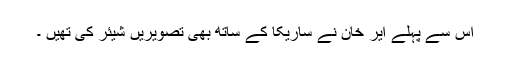
اس سے پہلے ایر خان نے ساریکا کے ساتھ بھی تصویریں شیئر کی تھیں ۔